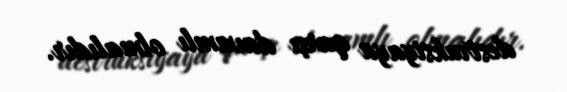
destruksiyaya qarşı davamlı olmalıdır.